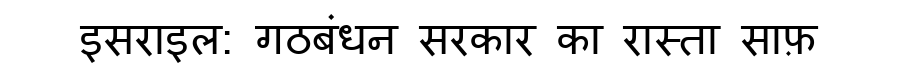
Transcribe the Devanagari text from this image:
इसराइल: गठबंधन सरकार का रास्ता साफ़